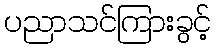
ပညာသင်ကြားခွင့်